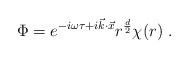
\begin{align*}\Phi = e^{-i\omega\tau + i\vec{k}\cdot\vec{x}}r^{\frac{d}{2}} \chi(r)\ .\end{align*}